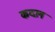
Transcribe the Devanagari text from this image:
कदल